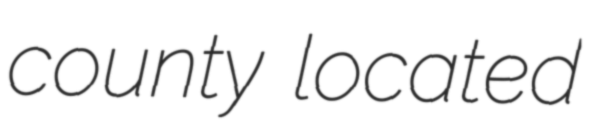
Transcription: county located